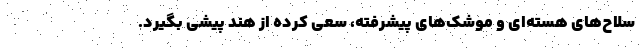
سلاح‌های هسته‌ای و موشک‌های پیشرفته، سعی کرده از هند پیشی بگیرد.